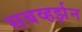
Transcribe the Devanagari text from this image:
सबव्हर्झन